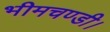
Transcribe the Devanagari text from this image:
भीमचण्डी।